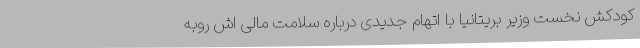
کودکش نخست وزیر بریتانیا با اتهام جدیدی درباره سلامت مالی اش روبه